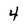
Character: 4